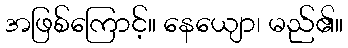
အဖြစ်ကြောင့်။ နေယျော၊ မည်၏။